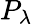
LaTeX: P_{\lambda}